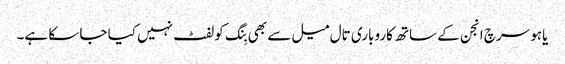
یاہو سرچ انجن کے ساتھ کاروباری تال میل سے بھی بِنگ کو لفٹ نہیں کیا جا سکا ہے۔